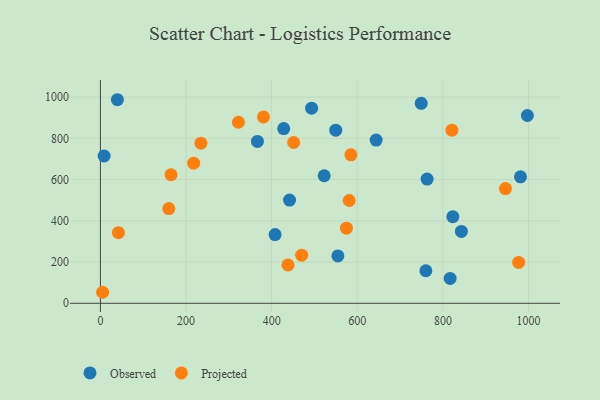
{"axis": {"x": "Distance", "y": "Rating"}, "legend": ["Observed", "Projected"], "data": [{"x": "549.7", "y": 839.5, "type": "Observed"}, {"x": "493.3", "y": 946.2, "type": "Observed"}, {"x": "522.7", "y": 618.6, "type": "Observed"}, {"x": "39.7", "y": 987.2, "type": "Observed"}, {"x": "428.2", "y": 847.5, "type": "Observed"}, {"x": "749.3", "y": 969.8, "type": "Observed"}, {"x": "8.7", "y": 714.3, "type": "Observed"}, {"x": "644.0", "y": 791.7, "type": "Observed"}, {"x": "366.8", "y": 784.8, "type": "Observed"}, {"x": "554.7", "y": 229.6, "type": "Observed"}, {"x": "843.1", "y": 348.4, "type": "Observed"}, {"x": "823.2", "y": 420.1, "type": "Observed"}, {"x": "441.8", "y": 500.5, "type": "Observed"}, {"x": "763.1", "y": 602.2, "type": "Observed"}, {"x": "816.9", "y": 120.8, "type": "Observed"}, {"x": "760.2", "y": 157.8, "type": "Observed"}, {"x": "981.2", "y": 613.4, "type": "Observed"}, {"x": "408.0", "y": 333.3, "type": "Observed"}, {"x": "997.3", "y": 910.8, "type": "Observed"}, {"x": "976.9", "y": 198.3, "type": "Projected"}, {"x": "438.2", "y": 185.9, "type": "Projected"}, {"x": "234.8", "y": 776.6, "type": "Projected"}, {"x": "451.4", "y": 779.8, "type": "Projected"}, {"x": "42.1", "y": 342.6, "type": "Projected"}, {"x": "470.1", "y": 233.2, "type": "Projected"}, {"x": "585.0", "y": 720.0, "type": "Projected"}, {"x": "217.9", "y": 679.7, "type": "Projected"}, {"x": "821.0", "y": 839.5, "type": "Projected"}, {"x": "381.0", "y": 903.8, "type": "Projected"}, {"x": "946.1", "y": 556.1, "type": "Projected"}, {"x": "164.9", "y": 623.3, "type": "Projected"}, {"x": "5.2", "y": 53.4, "type": "Projected"}, {"x": "322.4", "y": 878.0, "type": "Projected"}, {"x": "574.7", "y": 364.3, "type": "Projected"}, {"x": "581.1", "y": 498.5, "type": "Projected"}, {"x": "159.8", "y": 459.1, "type": "Projected"}]}